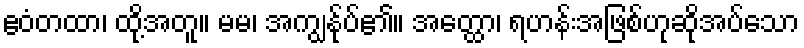
ဧဝံတထာ၊ ထို့အတူ။ မမ၊ အကျွန်ုပ်၏။ အတ္ထော၊ ရဟန်းအဖြစ်ဟုဆိုအပ်သော